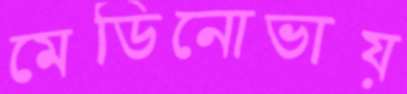
মেডিনোভায়